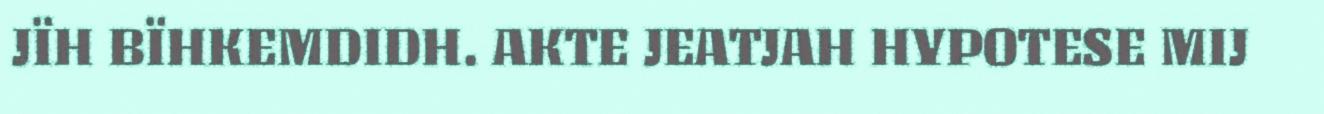
JÏH BÏHKEMDIDH. AKTE JEATJAH HYPOTESE MIJ